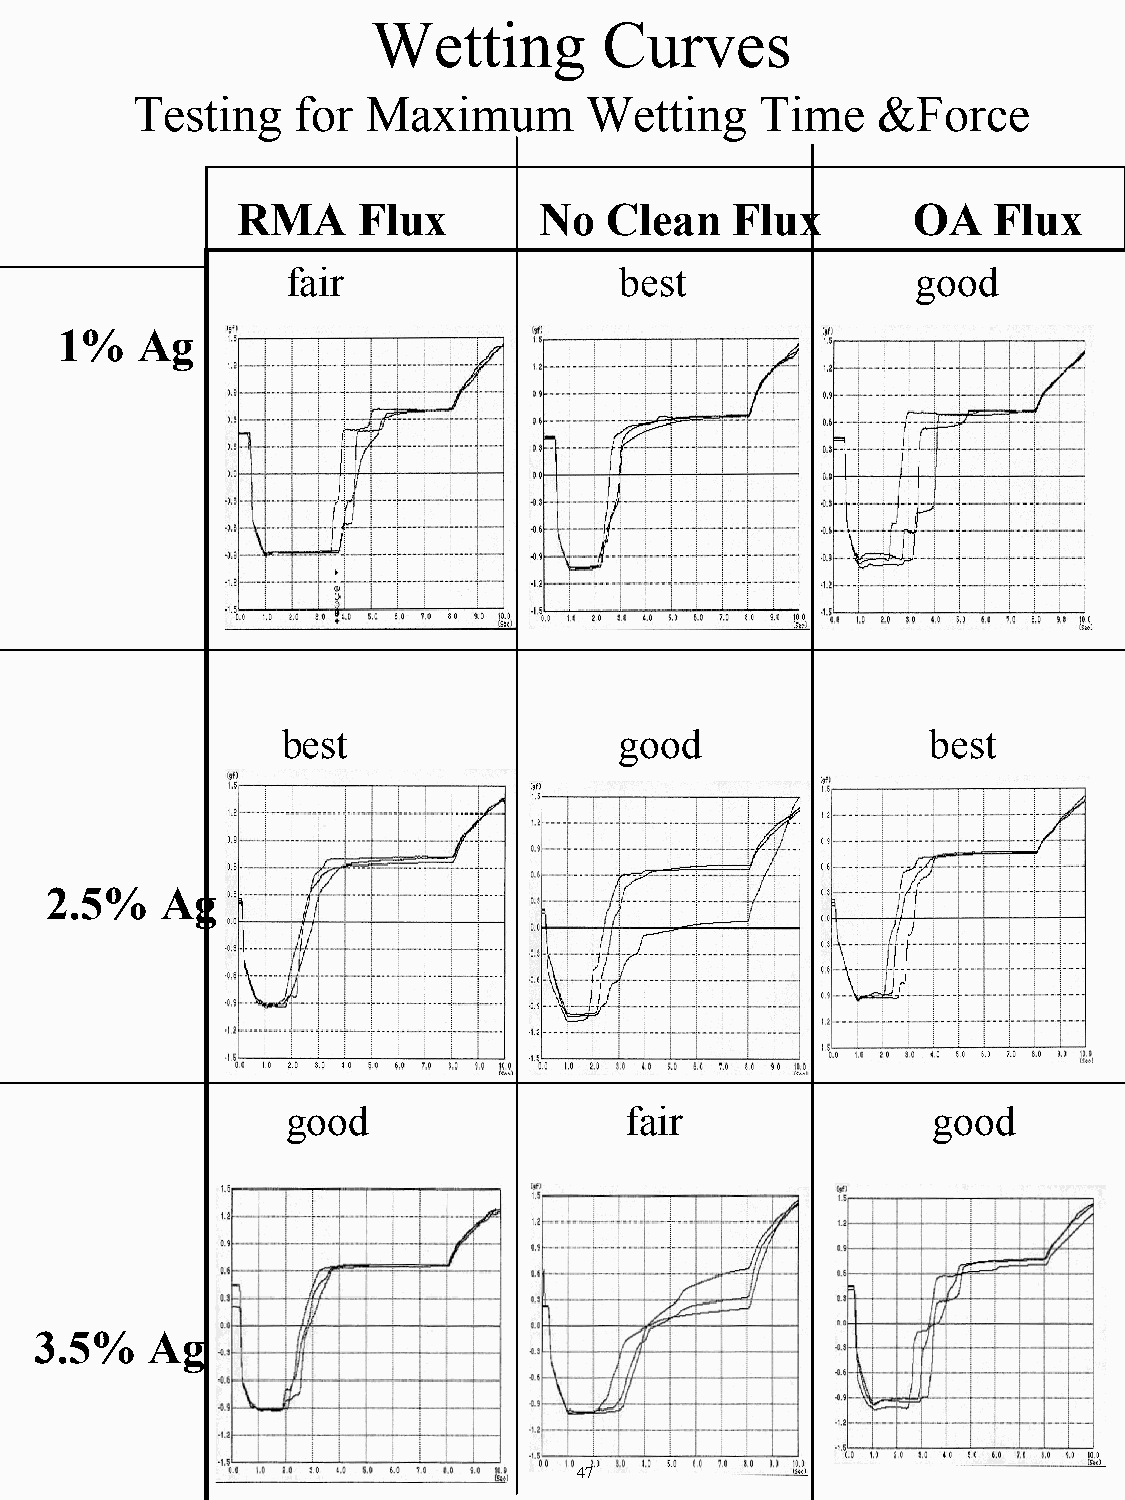
Wetting        Curves
 Testing   for  Maximum        Wetting    Time    &Force
 RMA     Flux        No  Clean   Flux        OA    Flux
 fair                  best                good
 1%   Ag
 best                  good                 best
 2.5%    Ag
 good                  fair                 good
 3.5%    Ag
 47